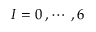
I = 0 \, , \cdots \, , 6